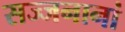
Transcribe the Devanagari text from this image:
सज्जनानां